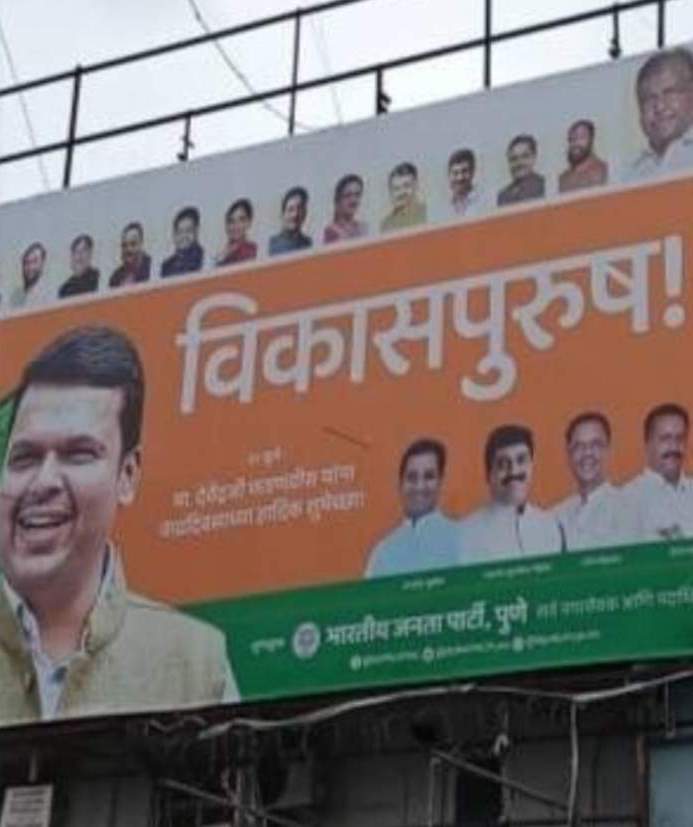
Language: marathi
Transcription: विकासपुरुष ! पुणे जनता भारतीय